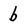
Character: b